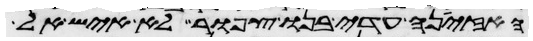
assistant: האזינה עדי בנו צפור לא איש אל